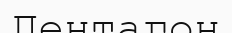
Пентагон